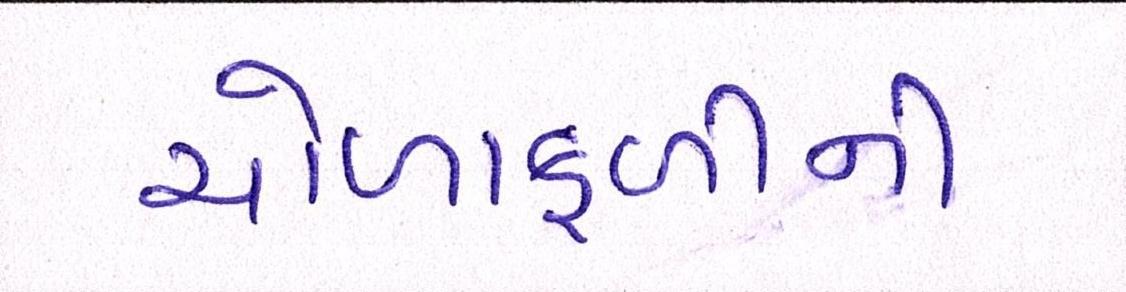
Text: ચોળાફળીની